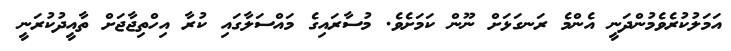
އަމަލުކުރެވެމުންދަނީ އެންމެ ރަނގަޅަށް ނޫން ކަމަށެވެ. މުސާރައިގެ މައްސަލާގައި ކުރާ އިހްތިޖާޖަށް ތާއީދުކުރަނީ